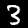
Digit: 3